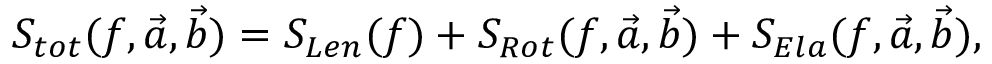
S _ { t o t } ( f , \vec { a } , \vec { b } ) = S _ { L e n } ( f ) + S _ { R o t } ( f , \vec { a } , \vec { b } ) + S _ { E l a } ( f , \vec { a } , \vec { b } ) ,